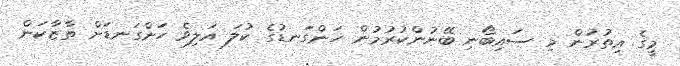
މީގެ އިތުރުން މި ސައިބޯނި ބޭނުންކުރުމުން ހަންގަނޑުގެ ކުލަ އަލިވެ ހަންގަނޑަށް ތާޒާކަން